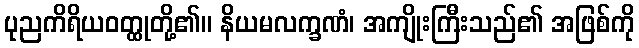
ပုညကိရိယဝတ္ထုတို့၏။ နိယမလက္ခဏံ၊ အကျိုးကြီးသည်၏ အဖြစ်ကို